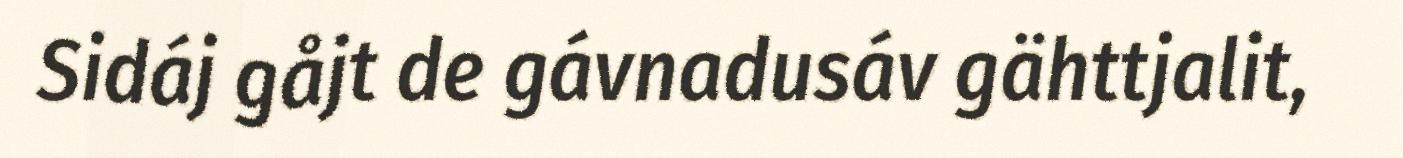
Sidáj gåjt de gávnadusáv gähttjalit,